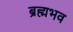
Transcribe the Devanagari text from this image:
ब्रह्मभव